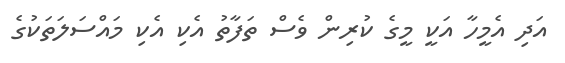
އަދި އެމީހާ އަކީ މީގެ ކުރިން ވެސް ތަފާތު އެކި އެކި މައްސަލަތަކުގެ